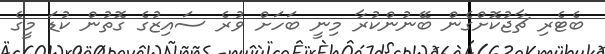
ބެޓެރި ޗާޖުކޮށްގެން ބޭނުންކުރާ މިނީ ބަހަަށް ވުރެ ސައިޒުގެ ގޮތުން ކުޑަ މީގެ